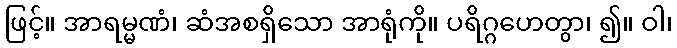
ဖြင့်။ အာရမ္မဏံ၊ ဆံအစရှိသော အာရုံကို။ ပရိဂ္ဂဟေတွာ၊ ၍။ ဝါ၊